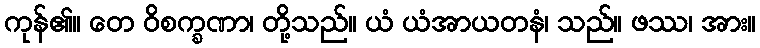
ကုန်၏။ တေ ဝိစက္ခဏာ၊ တို့သည်။ ယံ ယံအာယတနံ၊ သည်။ ဖဿ၊ အား။